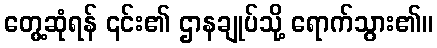
တွေ့ဆုံရန် ၎င်း၏ ဌာနချုပ်သို့ ရောက်သွား၏။